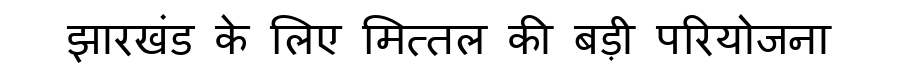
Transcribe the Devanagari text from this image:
झारखंड के लिए मित्तल की बड़ी परियोजना